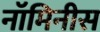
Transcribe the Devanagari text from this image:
नॉमिनीस